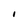
Character: I